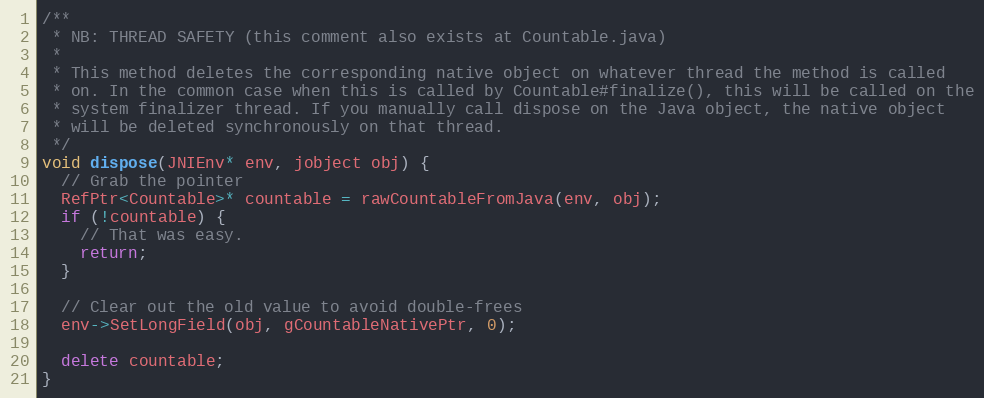
Language: C++
/**
 * NB: THREAD SAFETY (this comment also exists at Countable.java)
 *
 * This method deletes the corresponding native object on whatever thread the method is called
 * on. In the common case when this is called by Countable#finalize(), this will be called on the
 * system finalizer thread. If you manually call dispose on the Java object, the native object
 * will be deleted synchronously on that thread.
 */
void dispose(JNIEnv* env, jobject obj) {
  // Grab the pointer
  RefPtr<Countable>* countable = rawCountableFromJava(env, obj);
  if (!countable) {
    // That was easy.
    return;
  }

  // Clear out the old value to avoid double-frees
  env->SetLongField(obj, gCountableNativePtr, 0);

  delete countable;
}